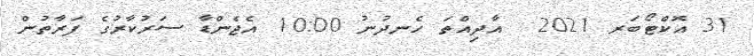
31 އޮކްޓޯބަރ 2021  އާދިއްތަ ހެނދުނު 10:00 އެޖެންޑާ ސަރުކާރުގެ ފަރާތުން